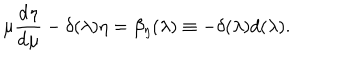
LaTeX: \mu { \frac { \mathrm { d } \eta } { \mathrm { d } \mu } } - \delta ( \lambda ) \eta = \beta _ { \eta } ( \lambda ) \equiv - \delta ( \lambda ) d ( \lambda ) .